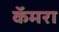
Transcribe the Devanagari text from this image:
कॅमरा